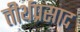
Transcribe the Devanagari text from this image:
तीर्थप्रसाद